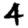
Digit: 4